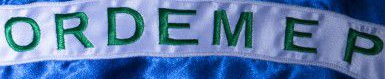
ORDEMEP